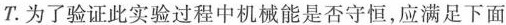
T。为了验证此实验过程中机械能是否守恒，应满足下面